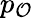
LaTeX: p_{\mathcal{O}}